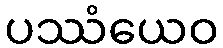
ပဿံယေဝ